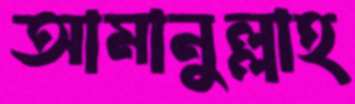
আমানুল্লাহ